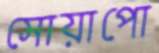
সোয়াপো